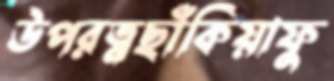
উপরত্নছাঁকিয়াফু